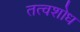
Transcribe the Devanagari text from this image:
तत्वशोध